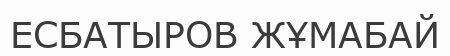
ЕСБАТЫРОВ ЖҰМАБАЙ